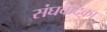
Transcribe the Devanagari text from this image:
संघवादका